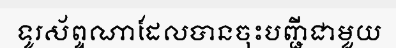
ទូរស័ព្ទណាដែលបានចុះបញ្ជីជាមួយ